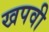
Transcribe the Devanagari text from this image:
खपवी